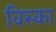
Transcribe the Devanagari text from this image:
विस्का